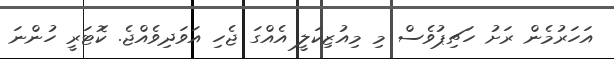
އަހަރުމެން ރަށު ހަޗިޕުވެސް މި މިއުޒިކަލީ އެއްގަ ޖެހި އަވަދިވެއްޖެ. ކޮަޓަރީ ހުންނަ